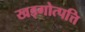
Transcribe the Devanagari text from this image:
खड्गोत्पत्ति